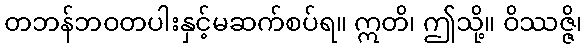
တဘန်ဘဝတပါးနှင့်မဆက်စပ်ရ။ ဣတိ၊ ဤသို့။ ဝိဿဇ္ဇိ၊